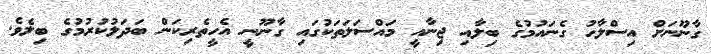
ގާނޫނަށް އިސްލާހު ގެނައުމުގެ ބިލާއި ޖިނާއީ މައްސަލަތަކުގައި ގާނޫނީ އެހީތެރިކަން ބަދަލުކުރުމުގެ ބިލެވެ.